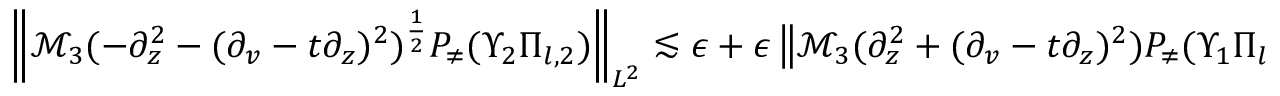
\begin{array} { r } { \left\| \mathcal { M } _ { 3 } ( - \partial _ { z } ^ { 2 } - ( \partial _ { v } - t \partial _ { z } ) ^ { 2 } ) ^ { \frac 1 2 } P _ { \neq } ( \Upsilon _ { 2 } \Pi _ { l , 2 } ) \right\| _ { L ^ { 2 } } \lesssim \epsilon + \epsilon \left\| \mathcal { M } _ { 3 } ( \partial _ { z } ^ { 2 } + ( \partial _ { v } - t \partial _ { z } ) ^ { 2 } ) P _ { \neq } ( \Upsilon _ { 1 } \Pi _ { l , 2 } ) \right\| _ { 2 } , } \end{array}